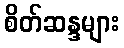
စိတ်ဆန္ဒများ